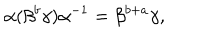
LaTeX: \alpha ( \beta ^ { b } \gamma ) \alpha ^ { - 1 } = \beta ^ { b + a } \gamma ,